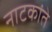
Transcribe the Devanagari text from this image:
नाटकांते